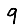
Digit: 9